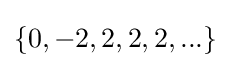
\{0,-2,2,2,2,...\}